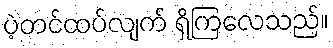
ပဲ့တင်ထပ်လျက် ရှိကြလေသည်။